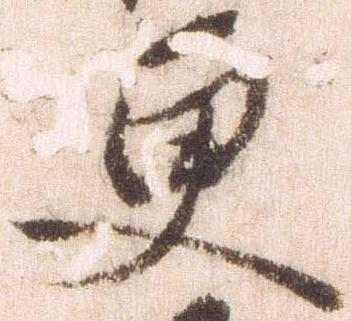
更